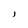
Character: J